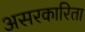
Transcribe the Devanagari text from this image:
असरकारिता